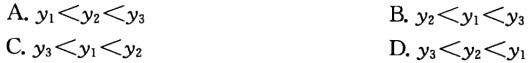
A. \(y_{1}<y_{2}<y_{3}\)
B. \(y_{2}<y_{1}<y_{3}\)
C. \(y_{3}<y_{1}<y_{2}\)
D. \(y_{3}<y_{2}<y_{1}\)